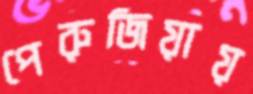
পেরুজিয়ায়